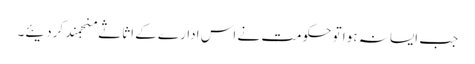
جب ایسا نہ ہوا تو حکومت نے اس ادارے کے اثاثے منجمند کردیئے۔